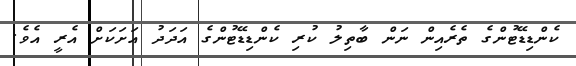
ކެންޑިޑޭޓުންގެ ތެރެއިން ނަން ބާތިލު ކުރި ކެންޑިޑޭޓުންގެ އަދަދު އަށަކަށް އެރީ އެވެ.